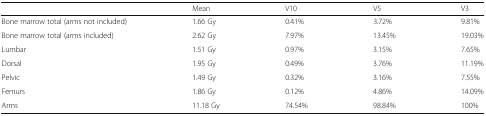
|  | Mean | V10 | V5 | V3 |
 | --- | --- | --- | --- | --- |
 | Bone marrow total (arms not included) | 1.66 Gy | 0.41% | 3.72% | 9.81% |
 | Bone marrow total (arms included) | 2.62 Gy | 7.97% | 13.45% | 19.03% |
 | Lumbar | 1.51 Gy | 0.97% | 3.15% | 7.65% |
 | Dorsal | 1.95 Gy | 0.49% | 3.76% | 11.19% |
 | Pelvic | 1.49 Gy | 0.32% | 3.16% | 7.55% |
 | Femurs | 1.86 Gy | 0.12% | 4.86% | 14.09% |
 | Arms | 11.18 Gy | 74.54% | 98.84% | 100% |